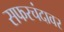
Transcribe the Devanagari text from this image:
सफरचंदावर